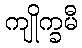
ကျိုက္ခမီ